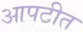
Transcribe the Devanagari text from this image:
आपटीत